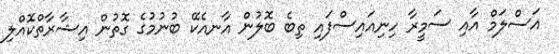
އަސްލަމް އާއި ސަމީރާ ހިނިއައިސްފައި ތިބެ ބޮލުން އާނއެކޭ ބުނުމުގެ ގޮތުން އިޝާރާތްކޮއްލި